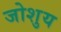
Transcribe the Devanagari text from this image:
जोशुय